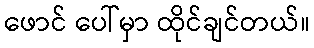
ဖောင် ပေါ်မှာ ထိုင်ချင်တယ်။